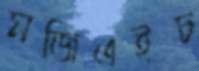
মজিএইচ